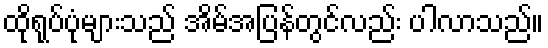
ထိုရုပ်ပုံများသည် အိမ်အပြန်တွင်လည်း ပါလာသည်။